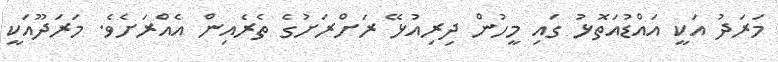
މަރަދު އަކީ އައްޑުއަތޮޅު ގައި މީހުން ދިރިއުޅޭ ރަށްރަށުގެ ތެރެއިން އެއްރަށެވެ. މަރަދޫއަކީ